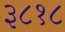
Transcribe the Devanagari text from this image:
३८१८